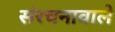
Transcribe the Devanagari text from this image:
संरचनावाले